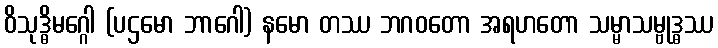
ဝိသုဒ္ဓိမဂ္ဂေါ (ပဌမော ဘာဂေါ) နမော တဿ ဘဂဝတော အရဟတော သမ္မာသမ္ဗုဒ္ဓဿ